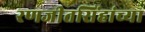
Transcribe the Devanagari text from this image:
रणजीतसिंहांच्या